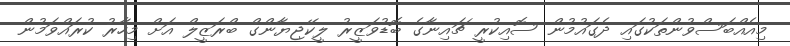
މިއެއްބަސްވުންތަކުގައި ދެގައުމުން ސޮއިކުރީ ޗައިނާގެ ބޮޑުވަޒީރު ލީކޭޖިޔާންގް ބްރަޒީލް އަށް މިހާރު ކުރައްވަމުން